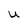
Character: U